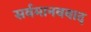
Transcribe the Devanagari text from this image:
सर्वमानववाद